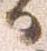
日